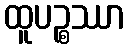
ထူပဉ္စဿာ